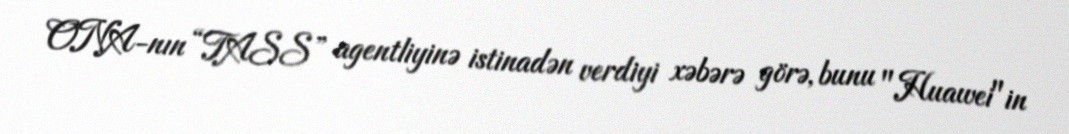
ONA-nın “TASS” agentliyinə istinadən verdiyi xəbərə görə, bunu "Huawei"in